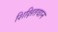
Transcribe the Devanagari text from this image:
शिक्षितवान